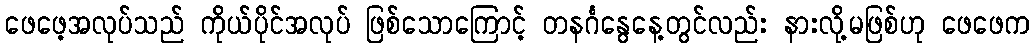
ဖေဖေ့အလုပ်သည် ကိုယ်ပိုင်အလုပ် ဖြစ်သောကြောင့် တနင်္ဂနွေနေ့တွင်လည်း နားလို့မဖြစ်ဟု ဖေဖေက